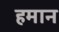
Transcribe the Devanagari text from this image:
हमान